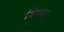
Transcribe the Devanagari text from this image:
हियर।